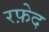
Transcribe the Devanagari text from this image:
रफ़ेद